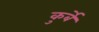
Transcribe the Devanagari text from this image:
कुर्बे